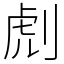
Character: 䖌